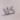
كلا